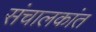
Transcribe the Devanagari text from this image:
संचालकांत